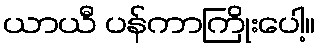
ယာယီ ပန်ကာကြိုးပေါ့။